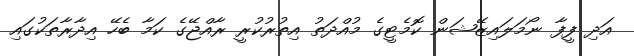
އަދި ފީފާ ނޯމަލައިޒޭޝަން ކޮމެޓީގެ މުއްދަތު އިތުރުކުރީ ރާއްޖޭގެ ކަމާ ބެހޭ އިދާރާތަކުގައި